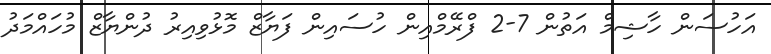
އަހުސަން ހާޝިމް އަތުން 7-2 ފްރޭމްއިން ހުސައިން ފަޔާޒް މޮޅުވިއިރު ދުންޔާޒް މުހައްމަދު